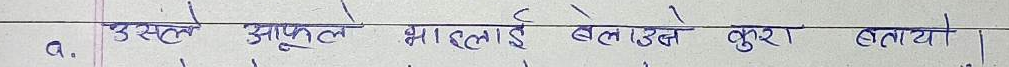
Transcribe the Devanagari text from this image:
अ. उसले आफुले भाइलाई बेलउत्ते कुरा बताया।